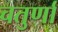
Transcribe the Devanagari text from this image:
चतुर्णां